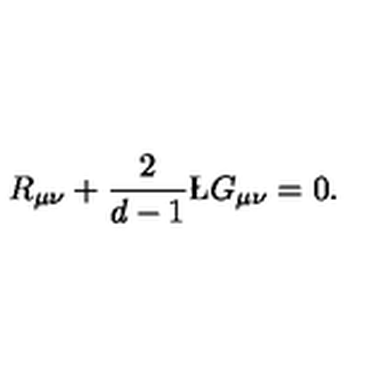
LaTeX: R _ { \mu \nu } + { \frac { 2 } { d - 1 } } \L G _ { \mu \nu } = 0 .